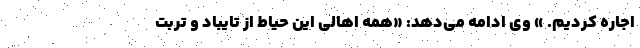
اجاره کردیم. » وی ادامه می‌دهد: «همه اهالی این حیاط از تایباد و تربت